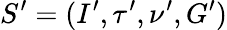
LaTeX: S^{\prime}=(I^{\prime},\tau^{\prime},\nu^{\prime},G^{\prime})